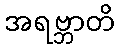
အရဗ္ဘာတိ